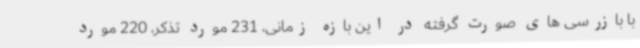
با بازرسی های صورت گرفته در این بازه زمانی، 231 مورد تذکر، 220 مورد